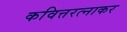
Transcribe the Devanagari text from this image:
कवित्तरत्नाकर